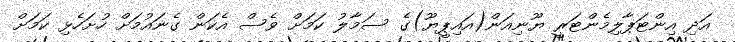
އަދި އިންޓަޕާލިމެންޓަރީ ޔޫނިއަން(އައިޕީޔޫ)ގެ ސަމާލު ކަމަށް ވެސް އެކަން ގެނައުމަށް ހުށަހެޅި ކަމަށް